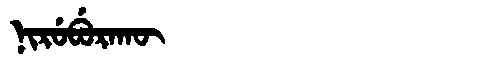
Manchu: ᠨᡳᡵᡠᠪᡠᡵᠠᡴᡡ
Romanization: NIRUBURAKŪ